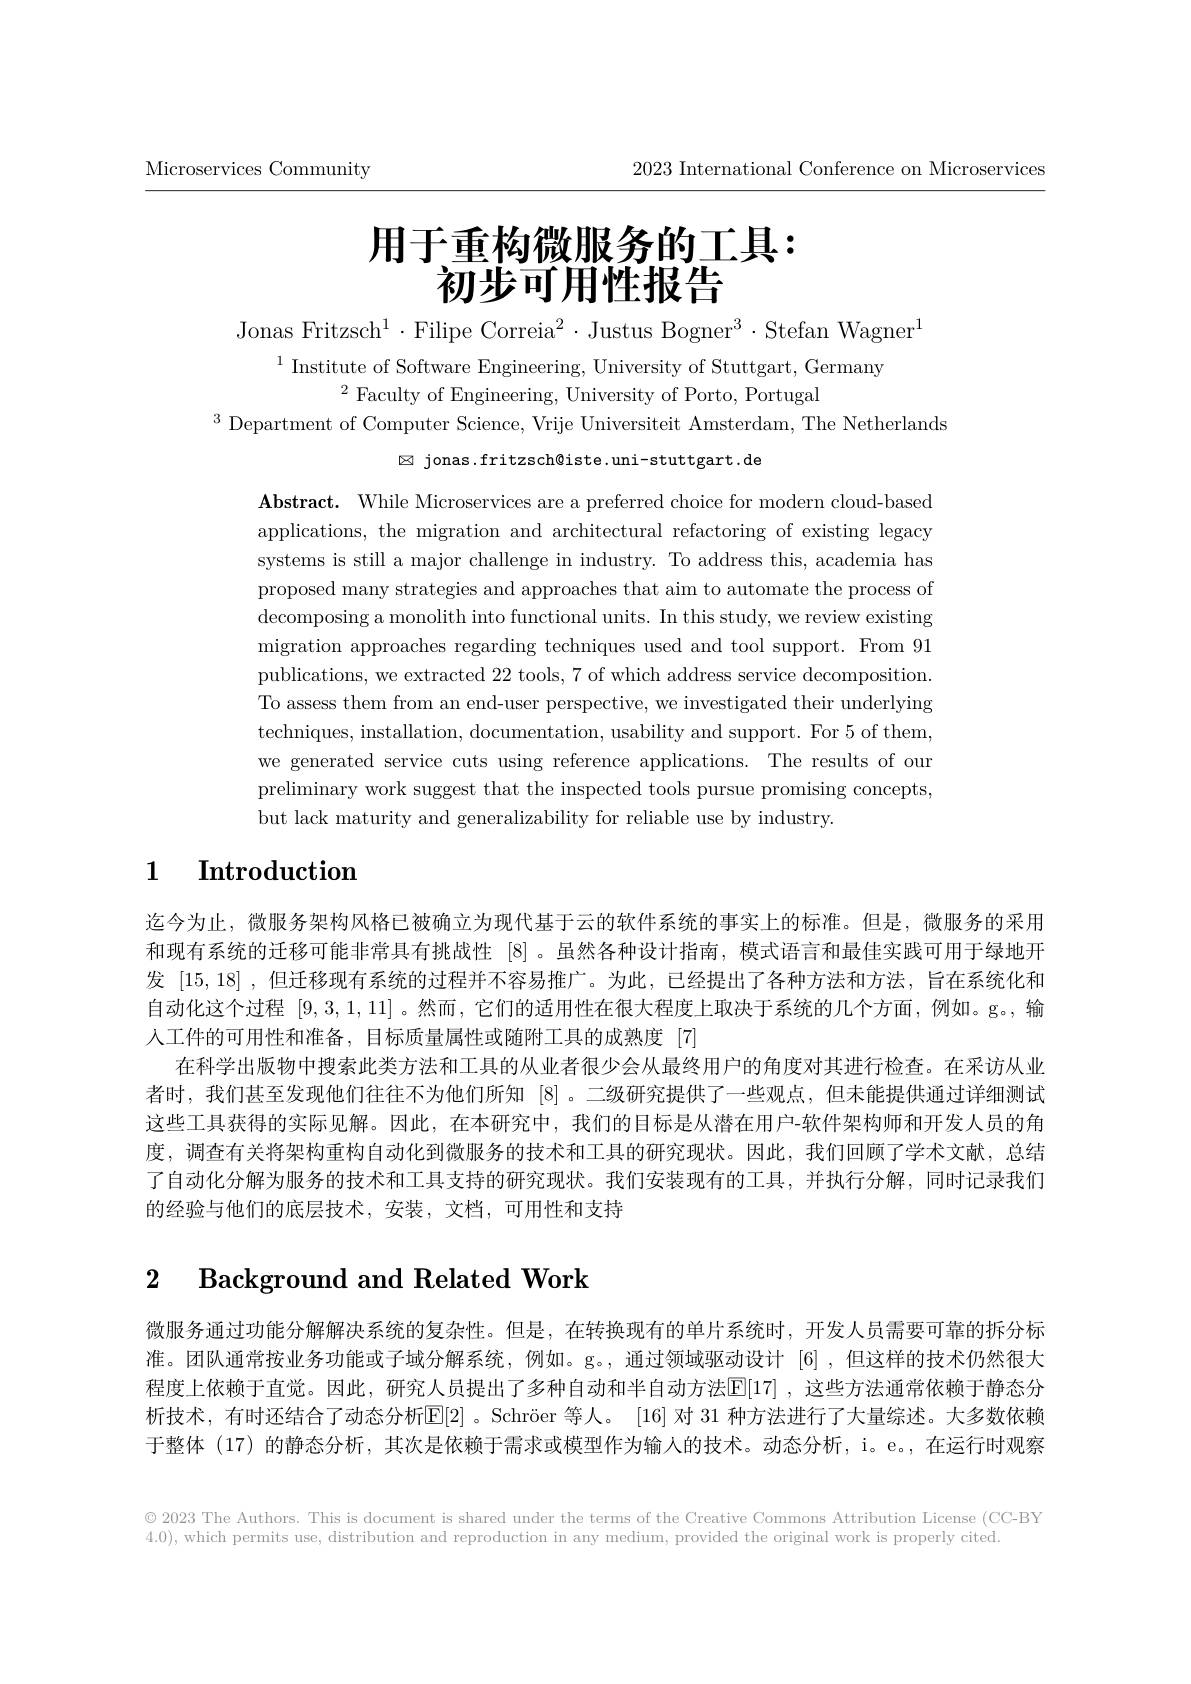
2023 International Conference on Microservices

Microservices Community

# 用于重构微服务的工具： 初步可用性报告

Jonas Fritzsch$^1\cdot$Filipe Correia$^2\cdot$Justus Bogner$^3\cdot$Stefan Wagner$^1$

$^{1}$ Institute of Software Engineering, University of Stuttgart, Germany
$^{2}$Faculty of Engineering, University of Porto, Portugal
$^{3}$ Department of Computer Science, Vrije Universiteit Amsterdam, The Netherlands

$\boxtimes$ jonas.fritzsch@iste.uni-stuttgart.de

Abstract. While Microservices are a preferred choice for modern cloud-based applications, the migration and architectural refactoring of existing legacy systems is still a major challenge in industry. To address this, academia has proposed many strategies and approaches that aim to automate the process of decomposing a monolith into functional units. In this study, we review existing migration approaches regarding techniques used and tool support. From 91 publications, we extracted 22 tools, 7 of which address service decomposition. To assess them from an end-user perspective, we investigated their underlying techniques, installation, documentation, usability and support. For 5 of them, we generated service cuts using reference applications. The results of our preliminary work suggest that the inspected tools pursue promising concepts but lack maturity and generalizability for reliable use by industry.

# 1 $\textbf{Introduction}$

迄今为止，微服务架构风格已被确立为现代基于云的软件系统的事实上的标准。但是，微服务的采用和现有系统的迁移可能非常具有挑战性[8] 。虽然各种设计指南，模式语言和最佳实践可用于绿地开发[15,18] ,但迁移现有系统的过程并不容易推广。为此，已经提出了各种方法和方法，旨在系统化和自动化这个过程[9,3,1,11] 。然而，它们的适用性在很大程度上取决于系统的几个方面，例如。g。,输人工件的可用性和准备，目标质量属性或随附工具的成熟度[7]
在科学出版物中搜索此类方法和工具的从业者很少会从最终用户的角度对其进行检查。在采访从业者时，我们甚至发现他们往往不为他们所知[8] 。二级研究提供了一些观点，但未能提供通过详细测试这些工具获得的实际见解。因此，在本研究中，我们的目标是从潜在用户-软件架构师和开发人员的角度，调查有关将架构重构自动化到微服务的技术和工具的研究现状。因此，我们回顾了学术文献，总结了自动化分解为服务的技术和工具支持的研究现状。我们安装现有的工具，并执行分解，同时记录我们的经验与他们的底层技术，安装，文档，可用性和支持

## 2 Background and Related Work

微服务通过功能分解解决系统的复杂性。但是，在转换现有的单片系统时，开发人员需要可靠的拆分标准。团队通常按业务功能或子域分解系统，例如。g。,通过领域驱动设计[6] ,但这样的技术仍然很大程度上依赖于直觉。因此，研究人员提出了多种自动和半自动方法$\mathbb{E}[17]$ ,这些方法通常依赖于静态分析技术，有时还结合了动态分析$\mathbb{E}[2]$ 。Schröer 等人。[16] 对 31 种方法进行了大量综述。大多数依赖于整体 (17) 的静态分析，其次是依赖于需求或模型作为输入的技术。动态分析，i。e。,在运行时观察

$\textcircled{2}023$ The Authors. This is document is shared under the terms of the Creative Commons Attribution License (CC-BY)

4.0), which permits use, distribution and reproduction in any medium, provided the original work is properly cited